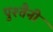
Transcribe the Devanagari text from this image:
पुश्‍तैनी